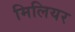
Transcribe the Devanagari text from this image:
मिलियर